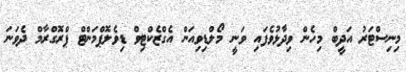
މިނިސްޓަރު އަދީބް މިހެން ވިދާޅުވެފައި ވަނީ މޯލްޑިވިއަން އެގްޒެކްޓިވް ޑިވެލޮޕްމަންޓް ޕްރޮގްރާމް ދެވަނަ